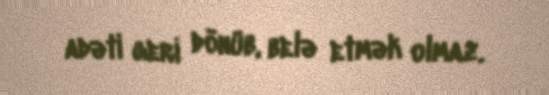
adəti geri dönüb, belə etmək olmaz.